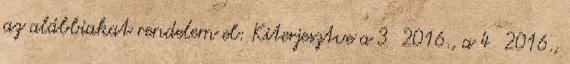
az alábbiakat rendelem el: Kiterjesztve a 3 2016., a 4 2016.,